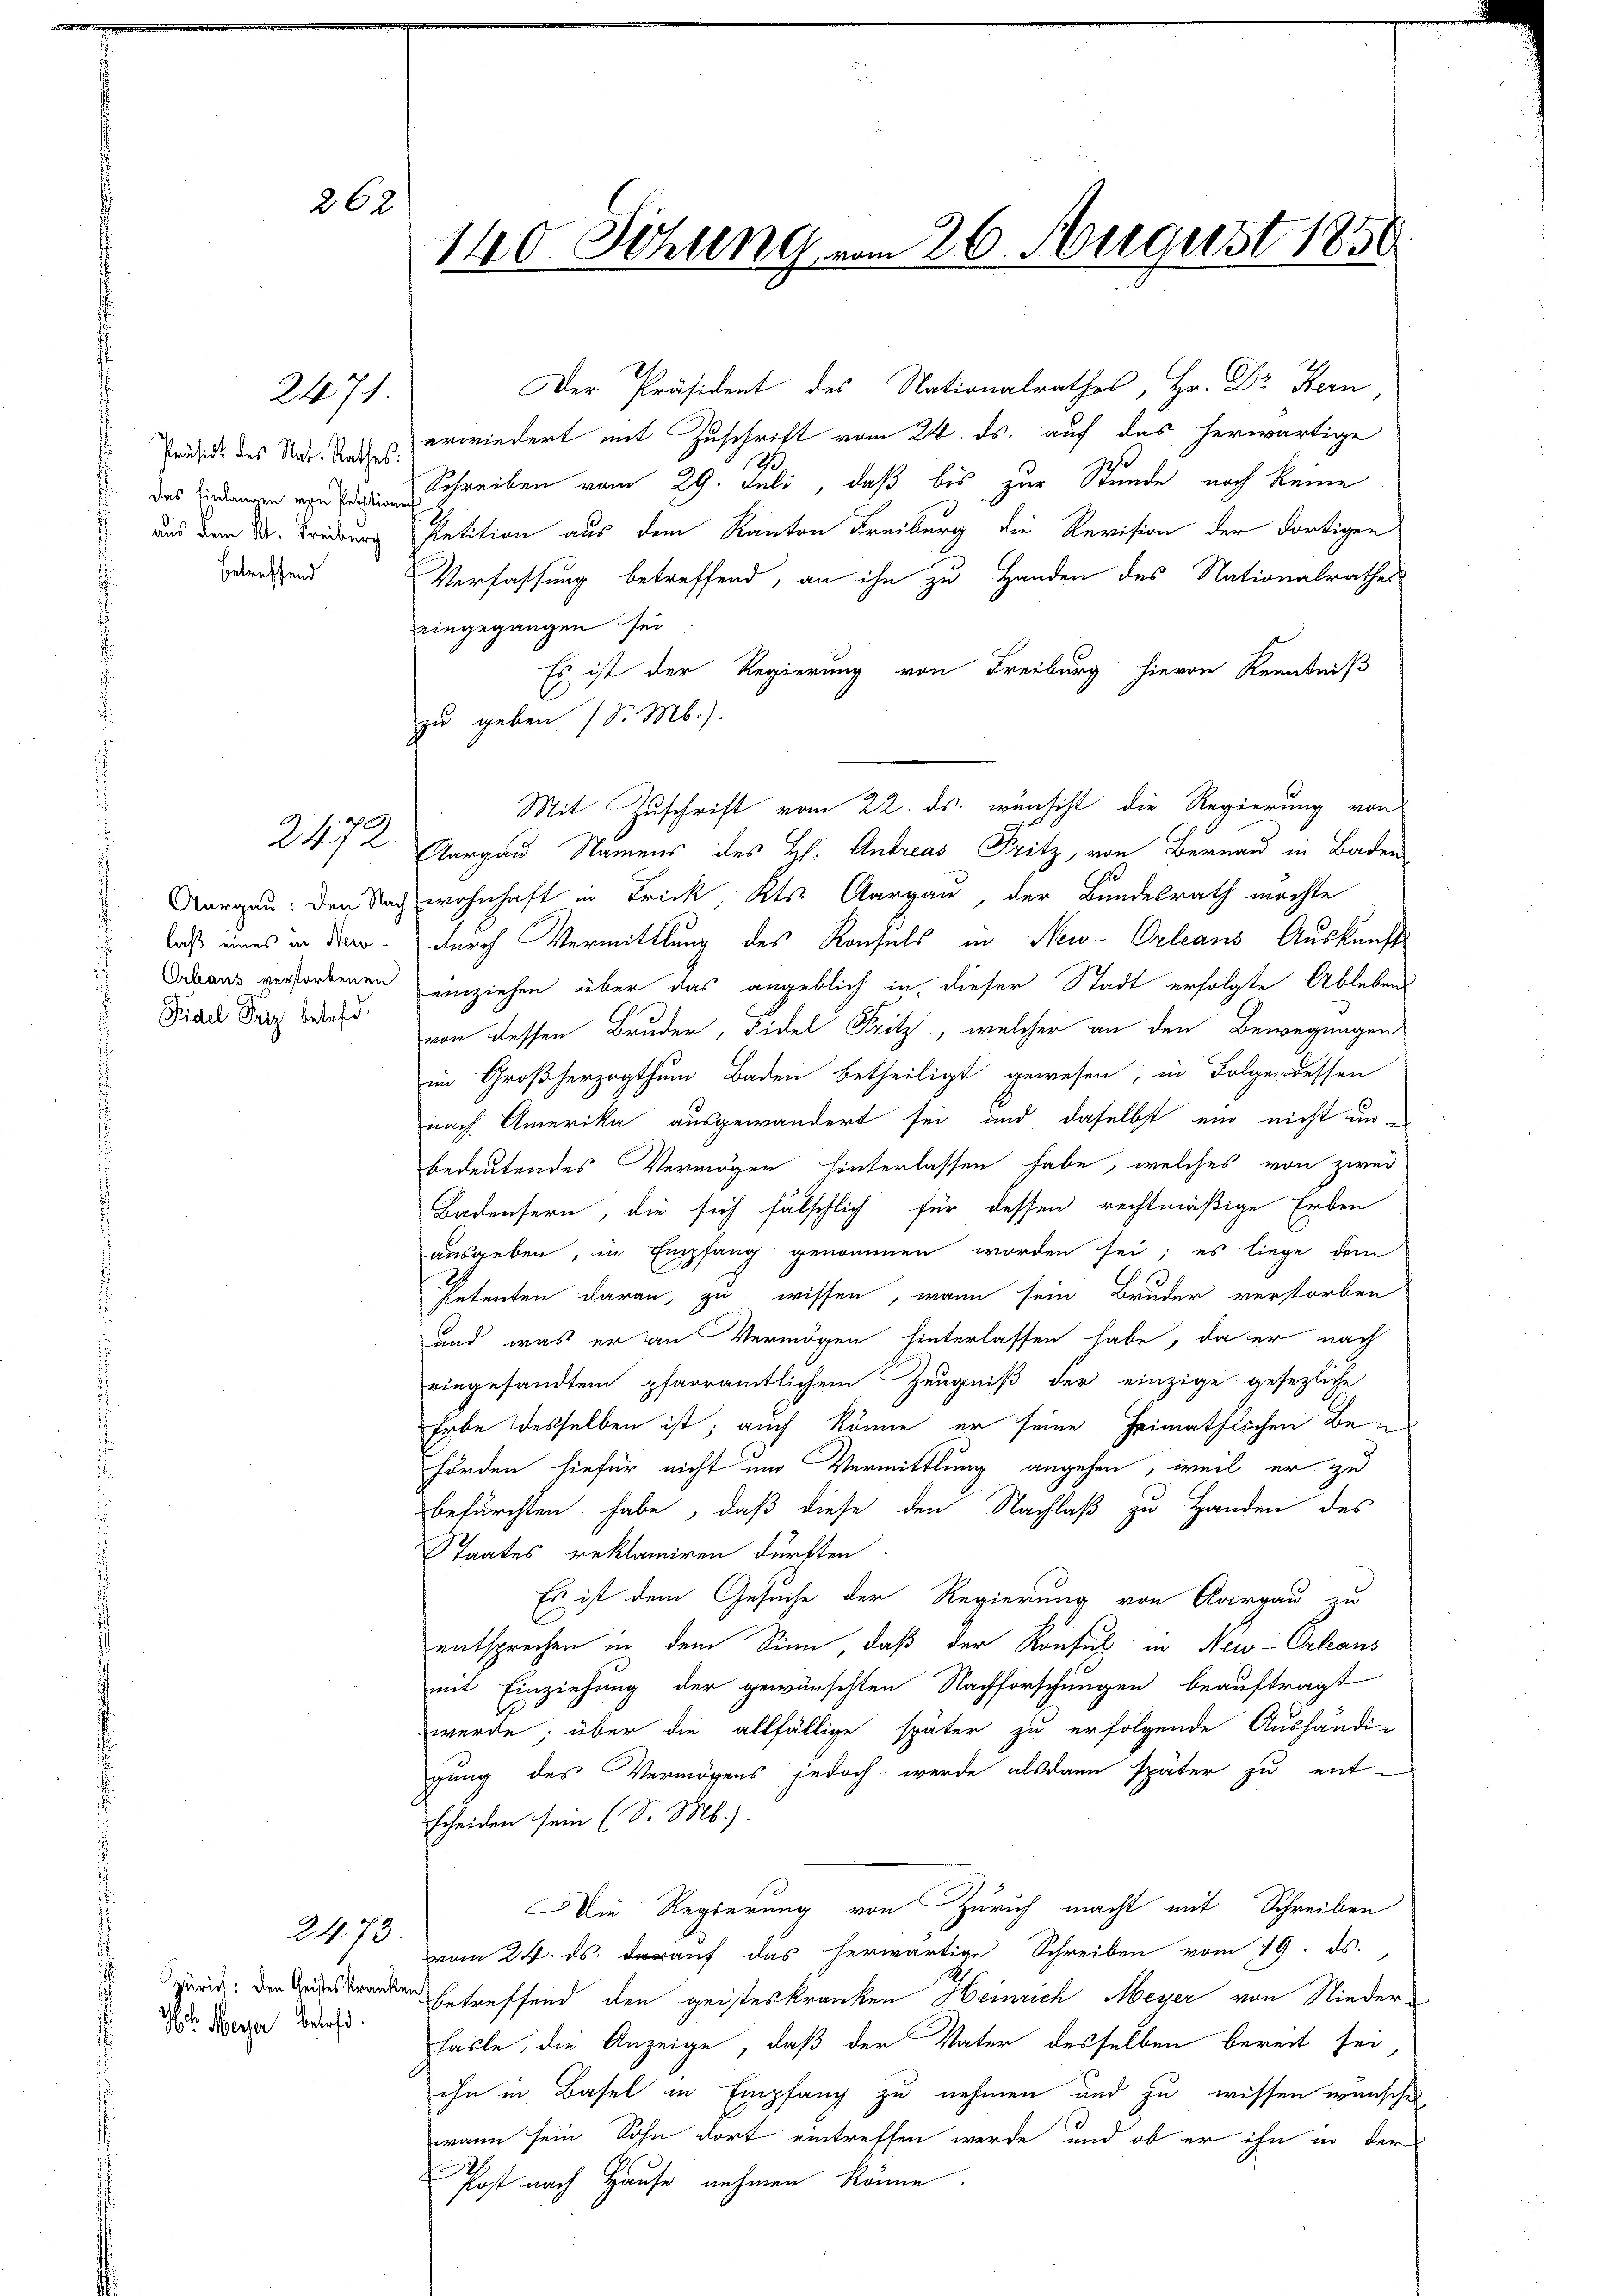
2471

Präside des Nat. Rathes
. Das Einlangen von Petitiaus dem Kt. Treiburg
betreffend

laß eines in New-
Fidel Friz betreff.

262
140. Sitzung vom 26. August 1859.

2472.

2473.

Der Präsident des Nationalrathes, Hr. Dr Fern
 erwiedert mit Zuschrift vom 24. ds. auf das herwärtige
Ze
Schreiben vom 29. Juli, daß bis zur Stunde noch keine
Petition aus dem Kanton Freiburg die Revision der dortigen
Verfassung betreffend, an ihn zu Handen des Nationalrathes
eingegangen sei
Es ist der Regierung von Freiburg hievon Kenntniß
C
zu geben (S. M.).
Mit Zuschrift vom 22. ds. wünscht die Regierung von
Aargau Namens des H. Andreas Fritz, von Bernau in Baden
Aargau: Den Nach wohnhaft in Frick Kts. Aargau, der Bundesrath möchte
durch Vermittlung des Konsuls in New-Orleans Auskunft
Sebens verfordenen einziehen über das angeblich in dieser Stadt erfolgte Ablebens
von dessen Bruder, Fidel Fritz, welcher an den Bewegungen
im Großherzogthum Baden betheiligt gewesen, in Folgendessen
nach Amerika ausgewandert sei und daselbst ein nicht unbedeutendes Vermögen hinterlassen habe, welches von zwei
Badensern, die sich fälschlich für dessen rechtmäßige Erben
ausgeben, in Empfang genommen worden sei; es liege dem
Petenten daran zu wissen, wann sein Bruder verstorben
und was er an Vermögen hinterlassen habe, da er nach
eingesandtem pfarramtlichem Zeugniß der einzige gesezliche
habe desselben ist; auch könne, er seine Heimathlichen Behörden hiefür nicht ein Vermittlung angehen, weil er zu
befürchten habe, daß diese den Nachlaß zu Handen des
Staates reklamiren dürften.
Es ist dem Gesuche der Regierung von Aargau zu
entsprechen in dem Sinn, daß der Konsul in Neu-Orleans
mit Einziehung der gewünschten Nachforschungen beauftragt
werde; über die allfällige später zu erfolgende Aushändi-
gung des Vermögens jedoch werde alsdann später zu ent-
scheiden sein (S. M.).
Die Regierung von Zürich macht mit Schreiben
vom 24. ds. darauf das herwärtige Schreiben vom 19. ds.
zuric: der Todeskranken betreffend den geisteskranken Heinrich Meyer von Niederhasle, die Anzeige, daß der Vater desselben bereit sei
ihn in Basel in Empfang zu nehmen und zu wissen wünschen,
wann sein Sohn dort eintreffen werde, und ob er ihn in der
Post nach Hause nehmen könne.

Hch. Meyer betreff.